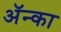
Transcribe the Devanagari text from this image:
अॅन्का